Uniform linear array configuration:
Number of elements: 32
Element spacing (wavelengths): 0.75
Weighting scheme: hamming
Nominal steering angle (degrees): -60
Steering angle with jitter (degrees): -58.239
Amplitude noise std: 0.05
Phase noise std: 0.05

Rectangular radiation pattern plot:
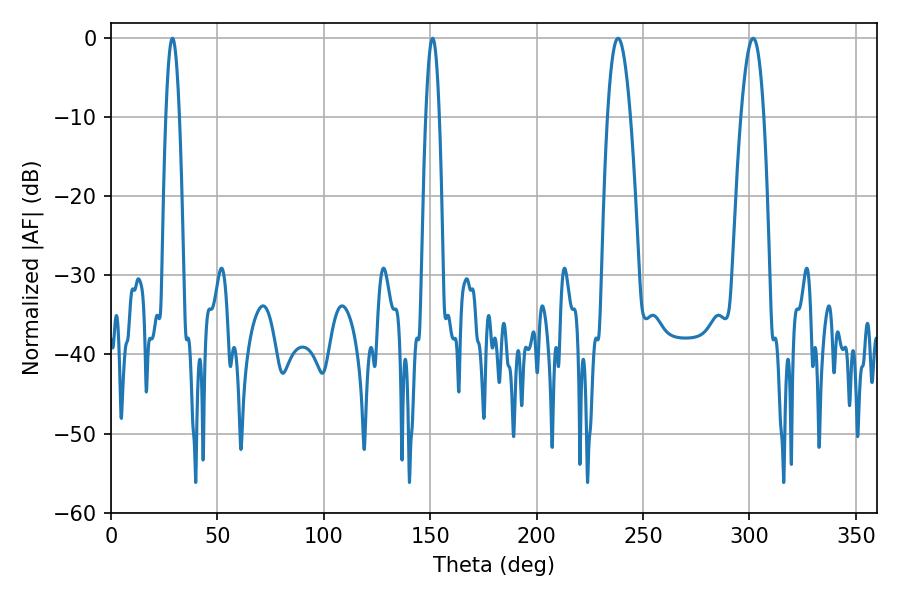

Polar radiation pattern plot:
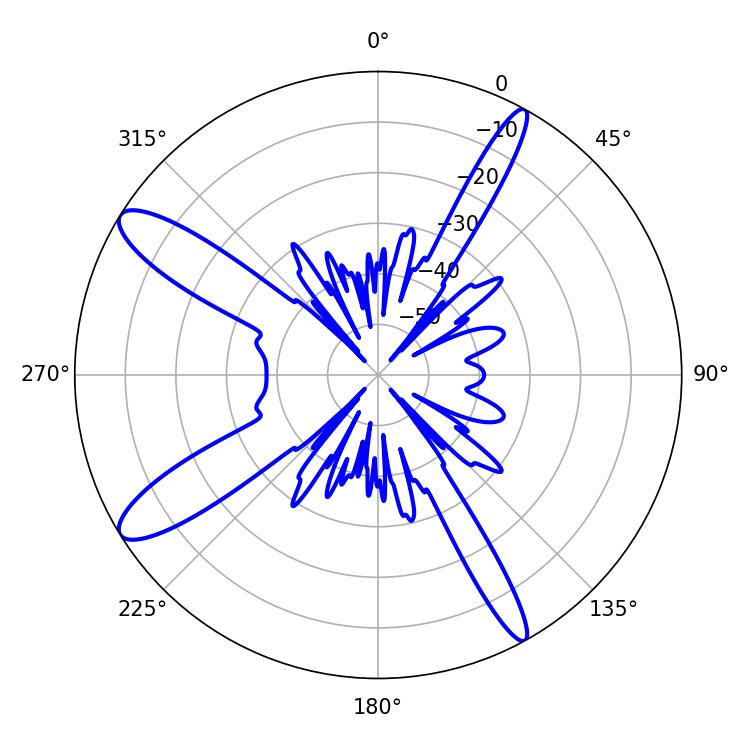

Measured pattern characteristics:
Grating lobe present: TRUE
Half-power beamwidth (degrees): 5.94
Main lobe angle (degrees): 238.32